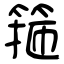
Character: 箍